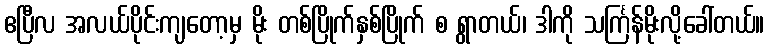
ဧပြီလ အလယ်ပိုင်းကျတော့မှ မိုး တစ်ပြိုက်နှစ်ပြိုက် စ ရွာတယ်၊ ဒါကို သင်္ကြန်မိုးလို့ခေါ်တယ်။